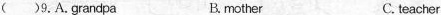
( )9. A. Grandpa B. mother C. teacher